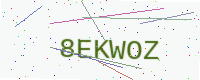
Text: 8EKWOZ